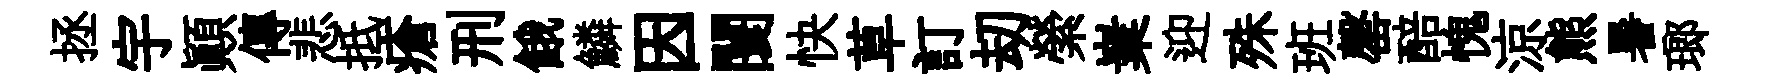
拯宇顛傳悲抵瘡刑餓鱗因闤快草訂刧縈嶪迎殊班罄醅愧涼熊暑瑯